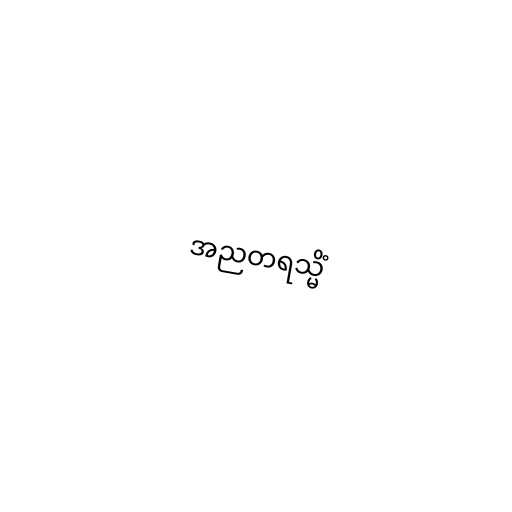
အညတရသ္မိံ